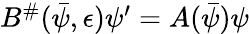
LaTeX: \begin{array}{r}{B^{\# }(\bar{\psi},\epsilon)\psi^{\prime}=A(\bar{\psi})\psi}\end{array}